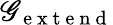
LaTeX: \mathscr{G}_{\mathrm{{~e~x~t~e~n~d~}}}